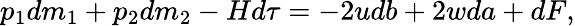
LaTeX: p_{1}dm_{1}+p_{2}dm_{2}-Hd\tau=-2udb+2wda+dF,